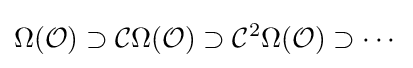
\Omega ({\mathcal {O}})\supset {\mathcal {C}}\Omega ({\mathcal {O}})\supset {\mathcal {C}}^{2}\Omega ({\mathcal {O}})\supset \cdots